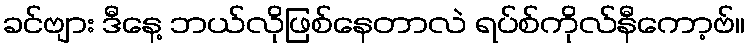
ခင်ဗျား ဒီနေ့ ဘယ်လိုဖြစ်နေတာလဲ ရပ်စ်ကိုလ်နီကော့ဗ်။